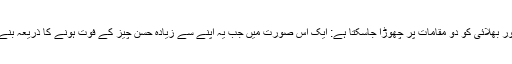
اور بھلائی کو دو مقامات پر چھوڑا جاسکتا ہے: ایک اس صورت میں جب یہ اپنے سے زیادہ حسن چیز کے فوت ہونے کا ذریعہ بنے۔